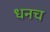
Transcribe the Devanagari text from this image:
धनच